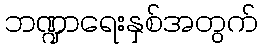
ဘဏ္ဍာရေးနှစ်အတွက်